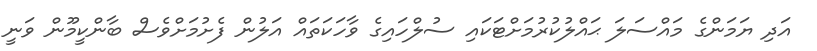
އަދި ޔަމަންގެ މައްސަލަ ޙައްލުކުރުމަށްޓަކައި ސުލްހައިގެ ވާހަކަތައް އަލުން ފެށުމަށްވެސް ބާންކީމޫން ވަނީ